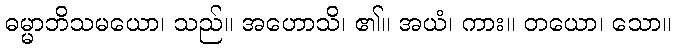
ဓမ္မာဘိသမယော၊ သည်။ အဟောသိ၊ ၏။ အယံ၊ ကား။ တယော၊ သော။